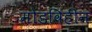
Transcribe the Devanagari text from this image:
मोडविहीन